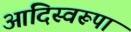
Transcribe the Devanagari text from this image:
आदिस्वरूपा